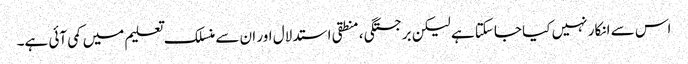
اس سے انکار نہیں کیا جاسکتا ہے لیکن برجستگی ، منطقی استدلال اور ان سے منسلک تعلیم میں کمی آئی ہے۔